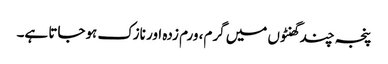
پنجہ چند گھنٹوں میں گرم، ورم زدہ اور نازک ہوجاتا ہے۔